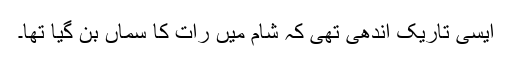
ایسی تاریک آندھی تھی کہ شام میں رات کا سماں بن گیا تھا۔